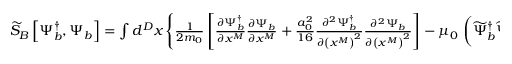
\begin{array} { r } { \widetilde { S } _ { B } \left[ \Psi _ { b } ^ { \dagger } , \Psi _ { b } \right] = \int d ^ { D } x \, \Bigg \{ \frac { 1 } { 2 m _ { 0 } } \left[ \frac { \partial \Psi _ { b } ^ { \dagger } } { \partial x ^ { M } } \frac { \partial \Psi _ { b } } { \partial x ^ { M } } + \frac { a _ { 0 } ^ { 2 } } { 1 6 } \frac { \partial ^ { 2 } \Psi _ { b } ^ { \dagger } } { \partial \left( x ^ { M } \right) ^ { 2 } } \frac { \partial ^ { 2 } \Psi _ { b } } { \partial \left( x ^ { M } \right) ^ { 2 } } \right] - \mu _ { 0 } \, \left( \widetilde { \Psi } _ { b } ^ { \dagger } \widetilde { \Psi } _ { b } - \overline { { \Psi } } _ { b } ^ { \dagger } \overline { { \Psi } } _ { b } \right) + i \widetilde { V } \, \Psi _ { b } ^ { \dagger } \Psi _ { b } \Bigg \} \; . } \end{array}